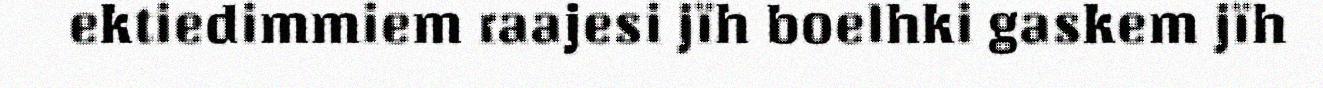
ektiedimmiem raajesi jïh boelhki gaskem jïh